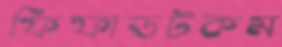
ফিফাডটকম